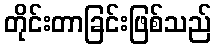
တိုင်းတာခြင်းဖြစ်သည်